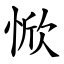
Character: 惞